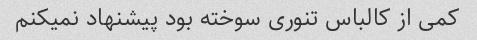
کمی از کالباس تنوری سوخته بود پیشنهاد نمیکنم